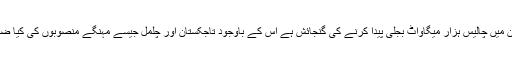
گلگت بلتستان میں چالیس ہزار میگاواٹ بجلی پیدا کرنے کی گنجائش ہے اس کے باوجود تاجکستان اور چلمل جیسے مہنگے منصوبوں کی کیا ضرورت ہے ۔